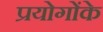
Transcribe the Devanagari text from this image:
प्रयोगोंके